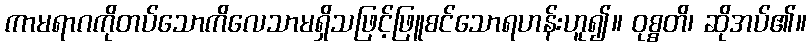
ကာမရာဂကိုတပ်သောကိလေသာမရှိသဖြင့်ဖြူစင်သောရဟန်းဟူ၍။ ဝုစ္စတိ၊ ဆိုအပ်၏။